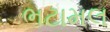
ભટામલ